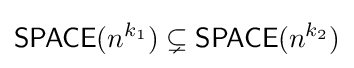
{\mathsf {SPACE}}(n^{k_{1}})\subsetneq {\mathsf {SPACE}}(n^{k_{2}})